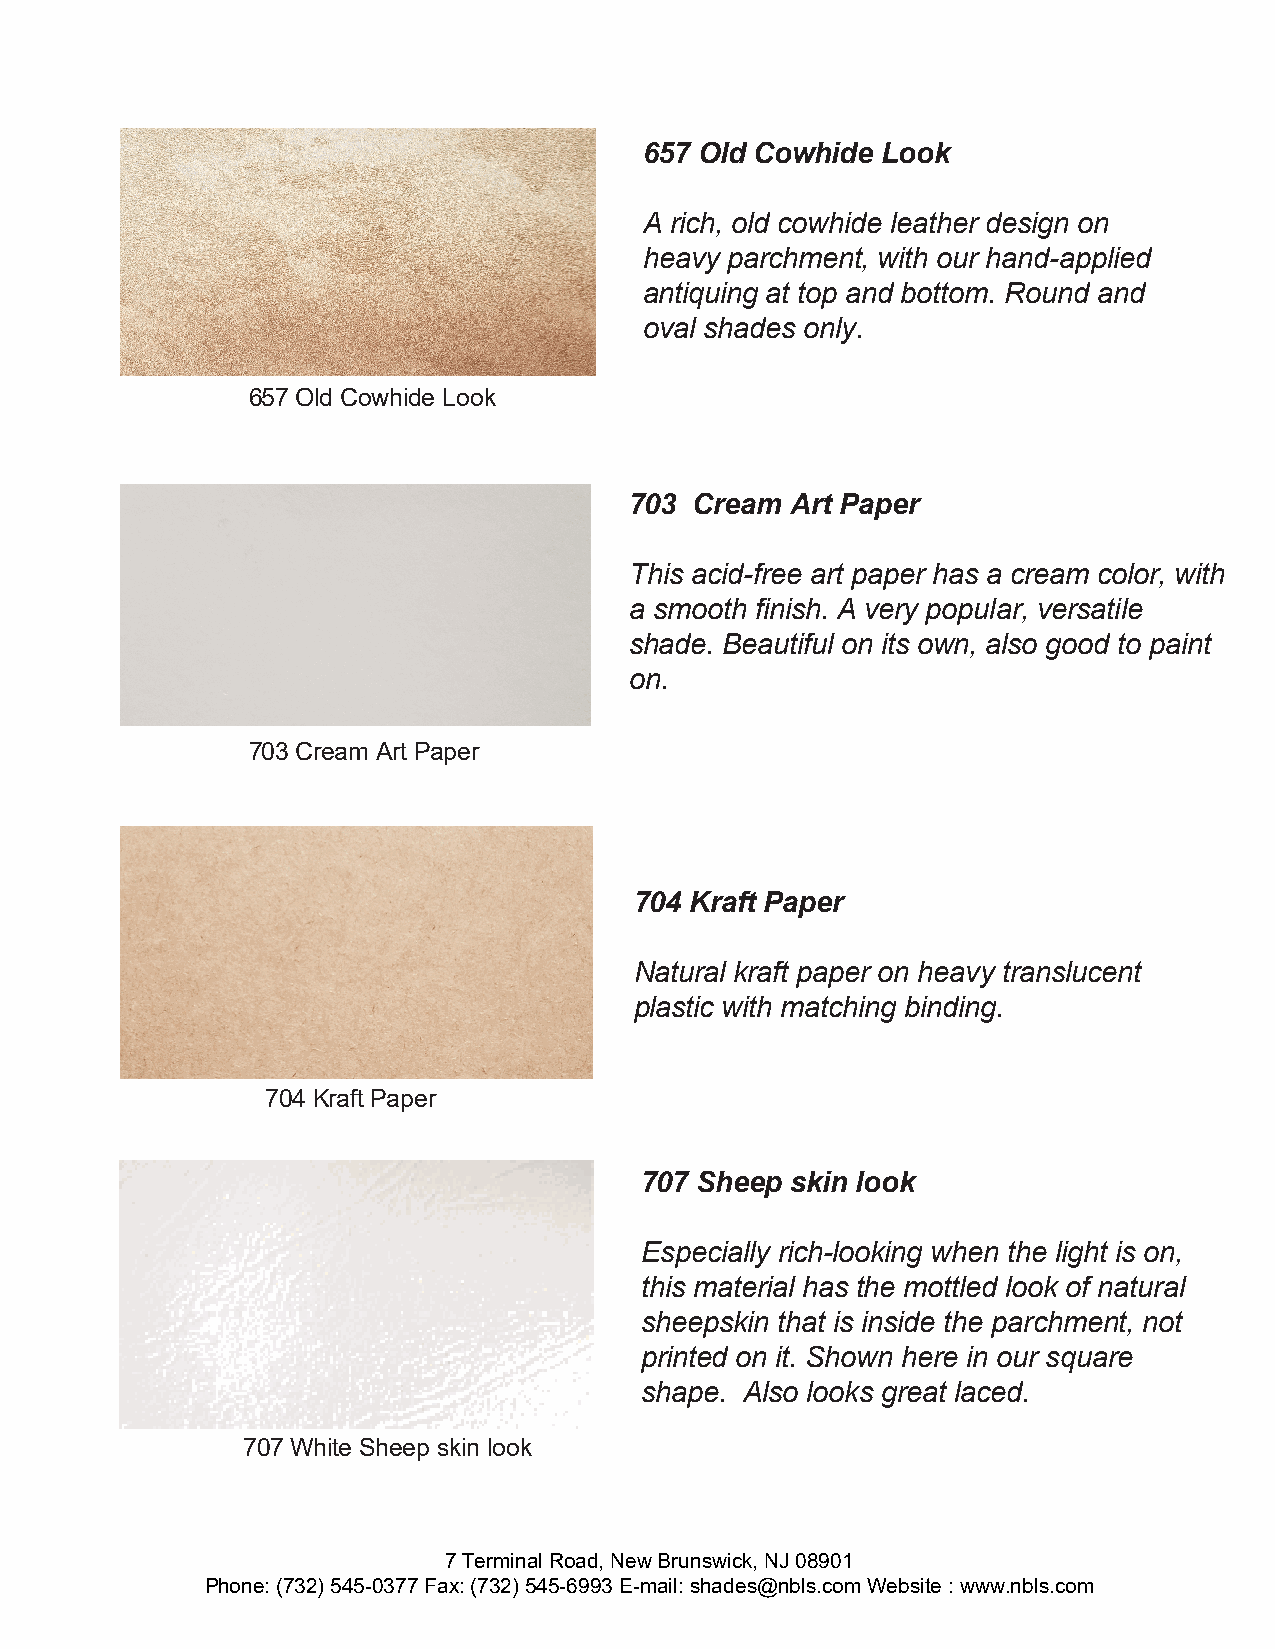
657 Old Cowhide Look
 A rich, old cowhide leather design on
 heavy parchment, with our hand-applied
 antiquing at top and bottom. Round and
 oval shades only.
 657 Old Cowhide Look
 703 Cream Art Paper
 This acid-free art paper has a cream color, with
 a smooth finish. A very popular, versatile
 shade. Beautiful on its own, also good to paint
 on.
 703 Cream Art Paper
 704 Kraft Paper
 Natural kraft paper on heavy translucent
 plastic with matching binding.
 704 Kraft Paper
 707 Sheep skin look
 Especially rich-looking when the light is on,
 this material has the mottled look of natural
 sheepskin that is inside the parchment, not
 printed on it. Shown here in our square
 shape. Also looks great laced.
 707 White Sheep skin look
 7 Terminal Road, New Brunswick, NJ 08901
 Phone: (732) 545-0377 Fax: (732) 545-6993 E-mail: shades@nbls.com Website : www.nbls.com